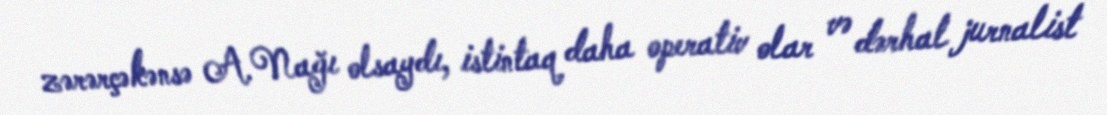
zərərçəkənsə A.Nağı olsaydı, istintaq daha operativ olar və dərhal jurnalist